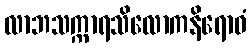
လာဘသက္ကာရသိလောကနိရောဓံ